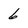
Character: 6